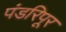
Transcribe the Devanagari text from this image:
पंडरिपूर